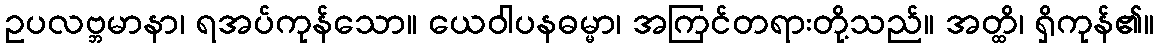
ဥပလဗ္ဘမာနာ၊ ရအပ်ကုန်သော။ ယေဝါပနဓမ္မာ၊ အကြင်တရားတို့သည်။ အတ္ထိ၊ ရှိကုန်၏။